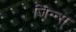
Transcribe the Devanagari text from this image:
जिन्न्स्